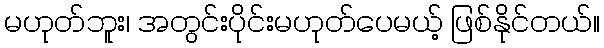
မဟုတ်ဘူး၊ အတွင်းပိုင်းမဟုတ်ပေမယ့် ဖြစ်နိုင်တယ်။